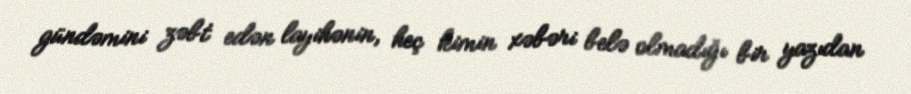
gündəmini zəbt edən layihənin, heç kimin xəbəri belə olmadığı bir yazıdan